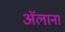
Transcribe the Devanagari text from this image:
ॲलाना